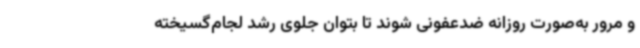
و مرور به‌صورت روزانه ضدعفونی شوند تا بتوان جلوی رشد لجام‌گسیخته